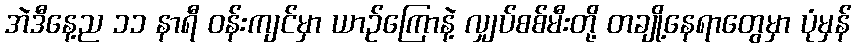
အဲဒီနေ့ည ၁၁ နာရီ ဝန်းကျင်မှာ ယာဉ်ကြောနဲ့ လျှပ်စစ်မီးတို့ တချို့နေရာတွေမှာ ပုံမှန်